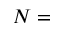
N =